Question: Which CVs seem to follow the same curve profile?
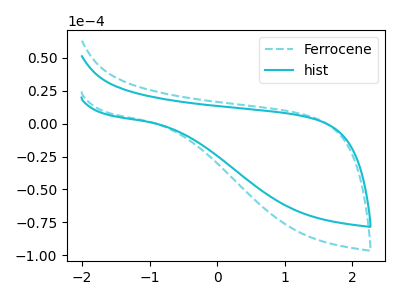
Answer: <think>The cyan dashed curve "Ferrocene" has no peaks. The cyan curve "hist" has no peaks.
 Neither "Ferrocene" or "hist" have any peaks.</think>
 <answer>"hist" and "Ferrocene" have the same shape and are likely CV's of the same chemical.</answer>
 <eval>"hist" "Ferrocene"</eval>